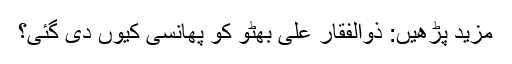
مزید پڑھیں: ذوالفقار علی بھٹو کو پھانسی کیوں‌ دی گئی؟